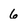
Character: 6